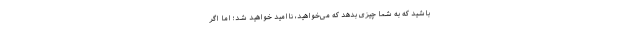
باشید که به شما چیزی بدهد که می‌خواهید، نا‌امید خواهید شد؛ اما اگر